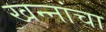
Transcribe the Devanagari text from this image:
खन्‍नांचा